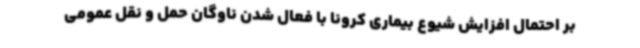
بر احتمال افزایش شیوع بیماری کرونا با فعال شدن ناوگان حمل و نقل عمومی